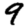
Digit: 9